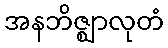
အနဘိဇ္ဈာလုတံ